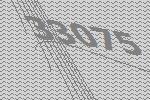
33075